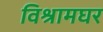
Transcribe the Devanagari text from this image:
विश्रामघर